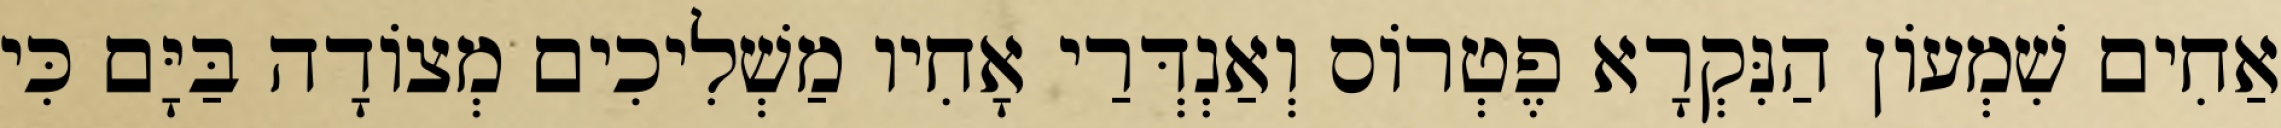
אַחִים שִׁמְעוֹן הַנִּקְרָא פֶטְרוֹס וְאַנְדְּרַי אָחִיו מַשְׁלִיכִים מְצוֹדָה בַּיָּם כִּי